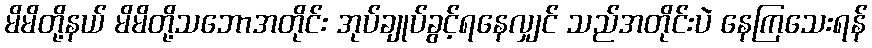
မိမိတို့နယ် မိမိတို့သဘောအတိုင်း အုပ်ချုပ်ခွင့်ရနေလျှင် သည်အတိုင်းပဲ နေကြသေးရန်